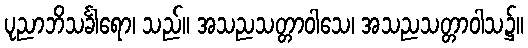
ပုညာဘိသင်္ခါရော၊ သည်။ အသညသတ္တာဝါသေ၊ အသညသတ္တာဝါသ၌။